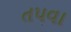
તપવા